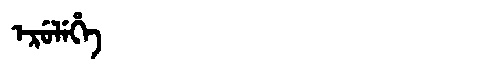
Manchu: ᡝᡵᡠᠯᡝᡥᡝ
Romanization: ERULEHE